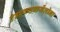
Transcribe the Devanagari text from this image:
टेडएक्सबार्सेलोना